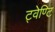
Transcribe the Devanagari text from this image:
ट्वेण्टि